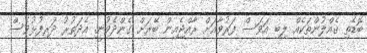
ބޮޑެތި ގެއްލުންތަކެއް ލިބި އަވަސް ފަރުވާއަށް ރާއްޖެއިން ބޭރަށް ގެންދެވުނީ. އެދަތުރު ދަރިފުޅުވެސް